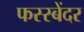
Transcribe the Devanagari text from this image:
फस्स्बेंदर